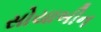
સોયાબીન